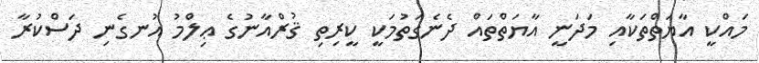
މައްކީ އާޔަތްތަކާއި މަދަނީ އާޔަތްތައް ދެނެގަތުމަކީ ކީރިތި ޤުރްއާނުގެ ޢިލްމު އުނގެނި ދަސްކުރާ